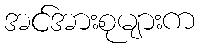
အင်အားစုများက